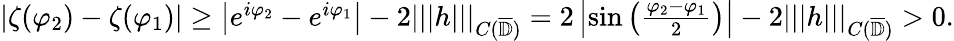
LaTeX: \begin{array}{r}{\left|\zeta(\varphi_{2})-\zeta(\varphi_{1})\right|\geq\left|e^{i\varphi_{2}}-e^{i\varphi_{1}}\right|-2|||h|||_{C(\overline{{\mathbb{D}}})}=2\left|\sin\left(\frac{\varphi_{2}-\varphi_{1}}{2}\right)\right|-2|||h|||_{C(\overline{{\mathbb{D}}})}>0.}\end{array}